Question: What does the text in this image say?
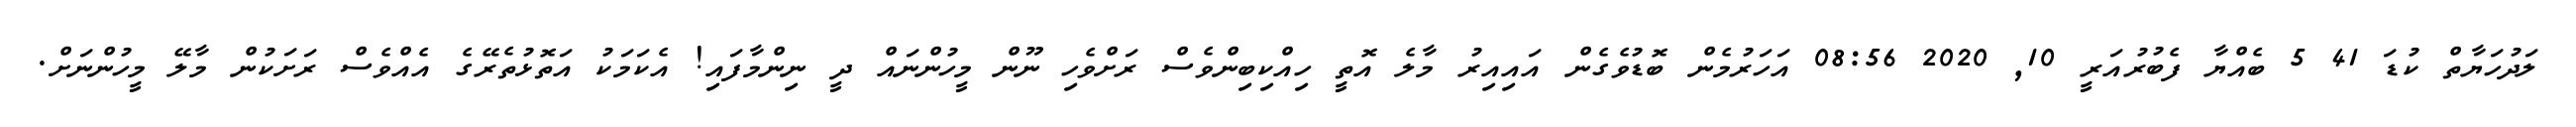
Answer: ލަދުހަޔާތް ކުޑަ 41 5 ބެއްޔާ ފެބުރުއަރީ 10, 2020 08:56 އަހަރުމެން ބޮޑުވެގެން އައިއިރު މާލެ އޮތީ ހިއްކިބިންވެސް ރަށްވެހި ނޫން މީހުންނައް ދީ ނިންމާފައި! އެކަމަކު އަތޮޅުތެރޭގެ އެއްވެސް ރަށަކުން މާލޭ މީހުންނަށް.